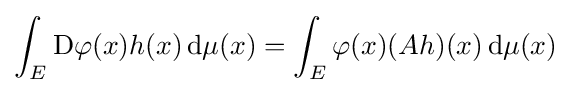
\int _{E}\mathrm {D} \varphi (x)h(x)\,\mathrm {d} \mu (x)=\int _{E}\varphi (x)(Ah)(x)\,\mathrm {d} \mu (x)